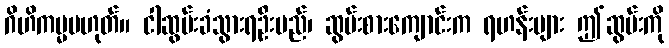
ဂိဟိကမ္မမဟုတ်။ ငါဆွမ်းခံသွားရဦးမည်၊ ဆွမ်းစားကျောင်းက ရဟန်းများ ဤဆွမ်းကို